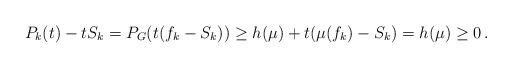
LaTeX: \begin{align*}P_k(t) - tS_k = P_G(t(f_k - S_k)) \geq h(\mu) + t(\mu(f_k) - S_k) = h(\mu) \geq 0 \,.\end{align*}